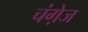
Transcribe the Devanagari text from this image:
चंगे़ज